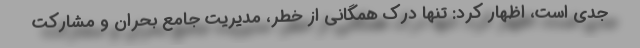
جدی است، اظهار کرد: تنها درک همگانی از خطر، مدیریت جامع بحران و مشارکت